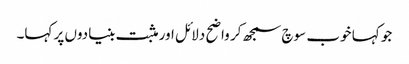
جو کہا خوب سوچ سمجھ کر واضح دلائل اور مثبت بنیادوں پر کہا۔